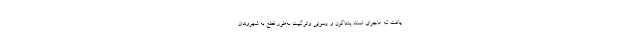
یافت که ماجرای اسناد پنتاگون و رسوایی واترگیت به‌طور قطع به شهروندان